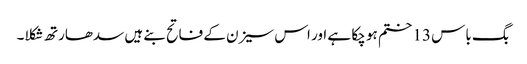
بگ باس 13 ختم ہو چکا ہے اور اس سیزن کے فاتح بنے ہیں سدھارتھ شکلا۔